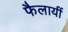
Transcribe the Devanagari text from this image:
फैलायीं